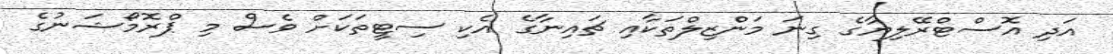
އަދި އޮސްޓްރޭލިޔާގެ ގިނަ މަންޒިލްތަކާއި ޗައިނާގެ އެކި ސިޓީތަކަށް ވެސް މި ޕްރޮމޯޝަނުގެ